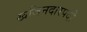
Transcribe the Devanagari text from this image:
खजिनदारपदी